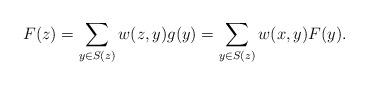
LaTeX: \begin{align*}F(z)=\sum_{y\in S(z)}w(z,y)g(y)=\sum_{y\in S(z)}w(x,y)F(y).\end{align*}